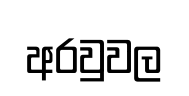
අරවුවල